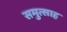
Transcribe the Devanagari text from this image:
समुत्साह